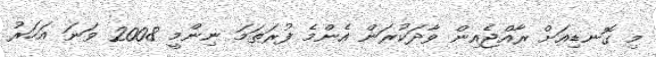
މި ގޮނޑިއަށް ރާއްޖެއިން ވާދަކުރަން އެންމެ ފުރަތަމަ ނިންމީ 2008 ވަނަ އަހަރު